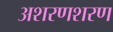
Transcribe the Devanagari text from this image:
अशरणशरण